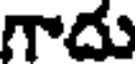
గాదు